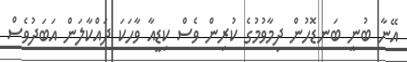
އޭނާ ބުނީ ބަނޑޮހުން ދިމާވުމުގެ ކުރިން ވެސް ކިޑީއާ ވާހަކަ ދައްކާލަން އަބަދުވެސް